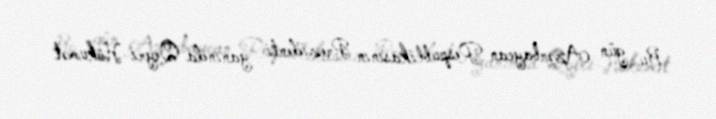
Bu gün Azərbaycan Respublikasının Prezidenti yanında Qeyri-Hökumət